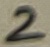
Text: 2